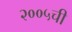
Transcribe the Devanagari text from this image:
२००५ची